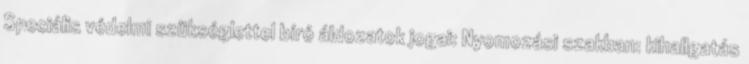
Speciális védelmi szükséglettel bíró áldozatok jogai: Nyomozási szakban: kihallgatás